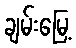
ချမ်းမြေ့